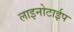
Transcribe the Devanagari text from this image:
लाइनोटाईप